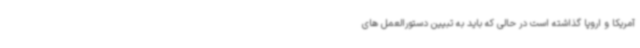
آمریکا و اروپا گذاشته است در حالی که باید به تبیین دستورالعمل های